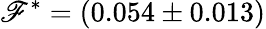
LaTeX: \mathscr{F}^{\ast}=(0.054\pm0.013)